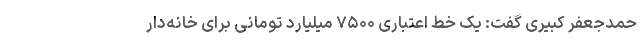
حمدجعفر کبیری گفت: یک خط اعتباری ۷۵۰۰ میلیارد تومانی برای خانه‌دار